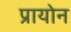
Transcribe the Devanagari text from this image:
प्रायोन